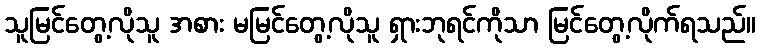
သူမြင်တွေ့လိုသူ အစား မမြင်တွေ့လိုသူ ရှားဘုရင်ကိုသာ မြင်တွေ့လိုက်ရသည်။